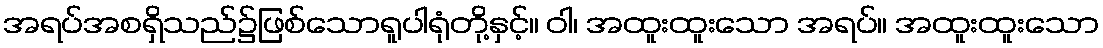
အရပ်အစရှိသည်၌ဖြစ်သောရူပါရုံတို့နှင့်။ ဝါ၊ အထူးထူးသော အရပ်။ အထူးထူးသော